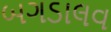
બગડાલવ